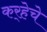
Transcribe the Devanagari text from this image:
कर्‍हेचे